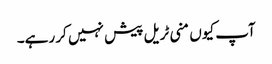
آپ کیوں منی ٹریل پیش نہیں کر رہے۔